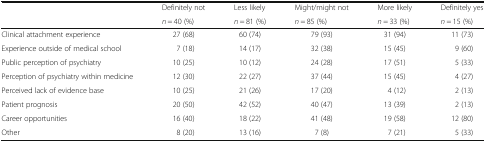
<table><thead><tr><td rowspan="2"></td><td><b>Definitely not</b></td><td><b>Less likely</b></td><td><b>Might/might not</b></td><td><b>More likely</b></td><td><b>Definitely yes</b></td></tr><tr><td><b><i>n</i> = 40 (%)</b></td><td><b><i>n</i> = 81 (%)</b></td><td><b><i>n</i> = 85 (%)</b></td><td><b><i>n</i> = 33 (%)</b></td><td><b><i>n</i> = 15 (%)</b></td></tr></thead><tbody><tr><td>Clinical attachment experience</td><td>27 (68)</td><td>60 (74)</td><td>79 (93)</td><td>31 (94)</td><td>11 (73)</td></tr><tr><td>Experience outside of medical school</td><td>7 (18)</td><td>14 (17)</td><td>32 (38)</td><td>15 (45)</td><td>9 (60)</td></tr><tr><td>Public perception of psychiatry</td><td>10 (25)</td><td>10 (12)</td><td>24 (28)</td><td>17 (51)</td><td>5 (33)</td></tr><tr><td>Perception of psychiatry within medicine</td><td>12 (30)</td><td>22 (27)</td><td>37 (44)</td><td>15 (45)</td><td>4 (27)</td></tr><tr><td>Perceived lack of evidence base</td><td>10 (25)</td><td>21 (26)</td><td>17 (20)</td><td>4 (12)</td><td>2 (13)</td></tr><tr><td>Patient prognosis</td><td>20 (50)</td><td>42 (52)</td><td>40 (47)</td><td>13 (39)</td><td>2 (13)</td></tr><tr><td>Career opportunities</td><td>16 (40)</td><td>18 (22)</td><td>41 (48)</td><td>19 (58)</td><td>12 (80)</td></tr><tr><td>Other</td><td>8 (20)</td><td>13 (16)</td><td>7 (8)</td><td>7 (21)</td><td>5 (33)</td></tr></tbody></table>